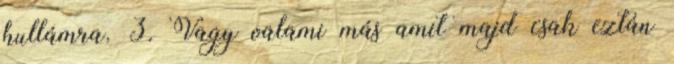
hullámra. 3. Vagy valami más amit majd csak eztán